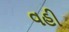
વહી